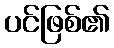
ပင်ဖြစ်၏